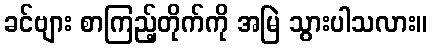
ခင်ဗျား စာကြည့်တိုက်ကို အမြဲ သွားပါသလား။